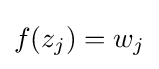
f(z_{j})=w_{j}